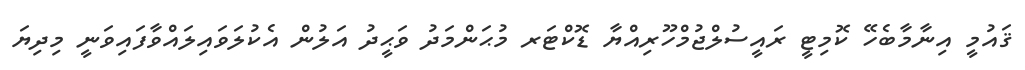
ޤައުމީ އިނާމާބެހޭ ކޮމިޓީ ރައީސުލްޖުމްހޫރިއްޔާ ޑޮކްޓަރ މުޙަންމަދު ވަޙީދު އަލުން އެކުލަވައިލައްވާފައިވަނީ މިދިޔަ